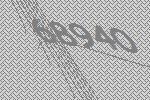
68940